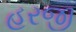
હરજી